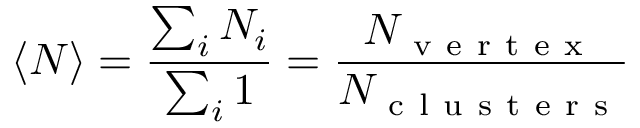
\left\langle N \right\rangle = \frac { \sum _ { i } N _ { i } } { \sum _ { i } 1 } = \frac { N _ { \mathrm { ~ v ~ e ~ r ~ t ~ e ~ x ~ } } } { N _ { \mathrm { ~ c ~ l ~ u ~ s ~ t ~ e ~ r ~ s ~ } } }